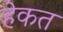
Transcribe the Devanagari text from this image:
हेकत